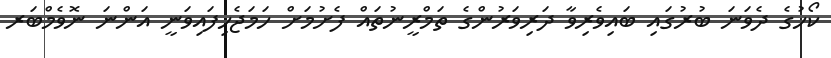
ކޯހުގެ ދެވަނަ ބުރުގައި ބައިވެރިވާ ދަރިވަރުންގެ ތަމްރީނުތައް ފެށުމަށް ހަމަޖެހިފައިވަނީ އަންނަ ނޮވެމްބަރ